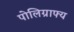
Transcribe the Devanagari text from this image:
पोलिग्राफ्य